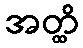
အတ္ထိ